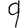
Digit: 9